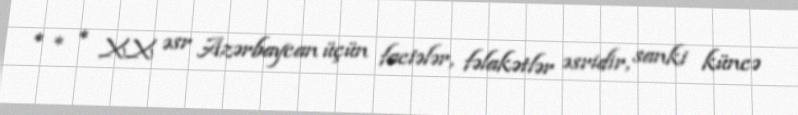
* * * XX əsr Azərbaycan üçün faciələr, fəlakətlər əsridir, sanki küncə